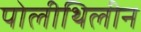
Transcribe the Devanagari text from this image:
पोलीथिलीन